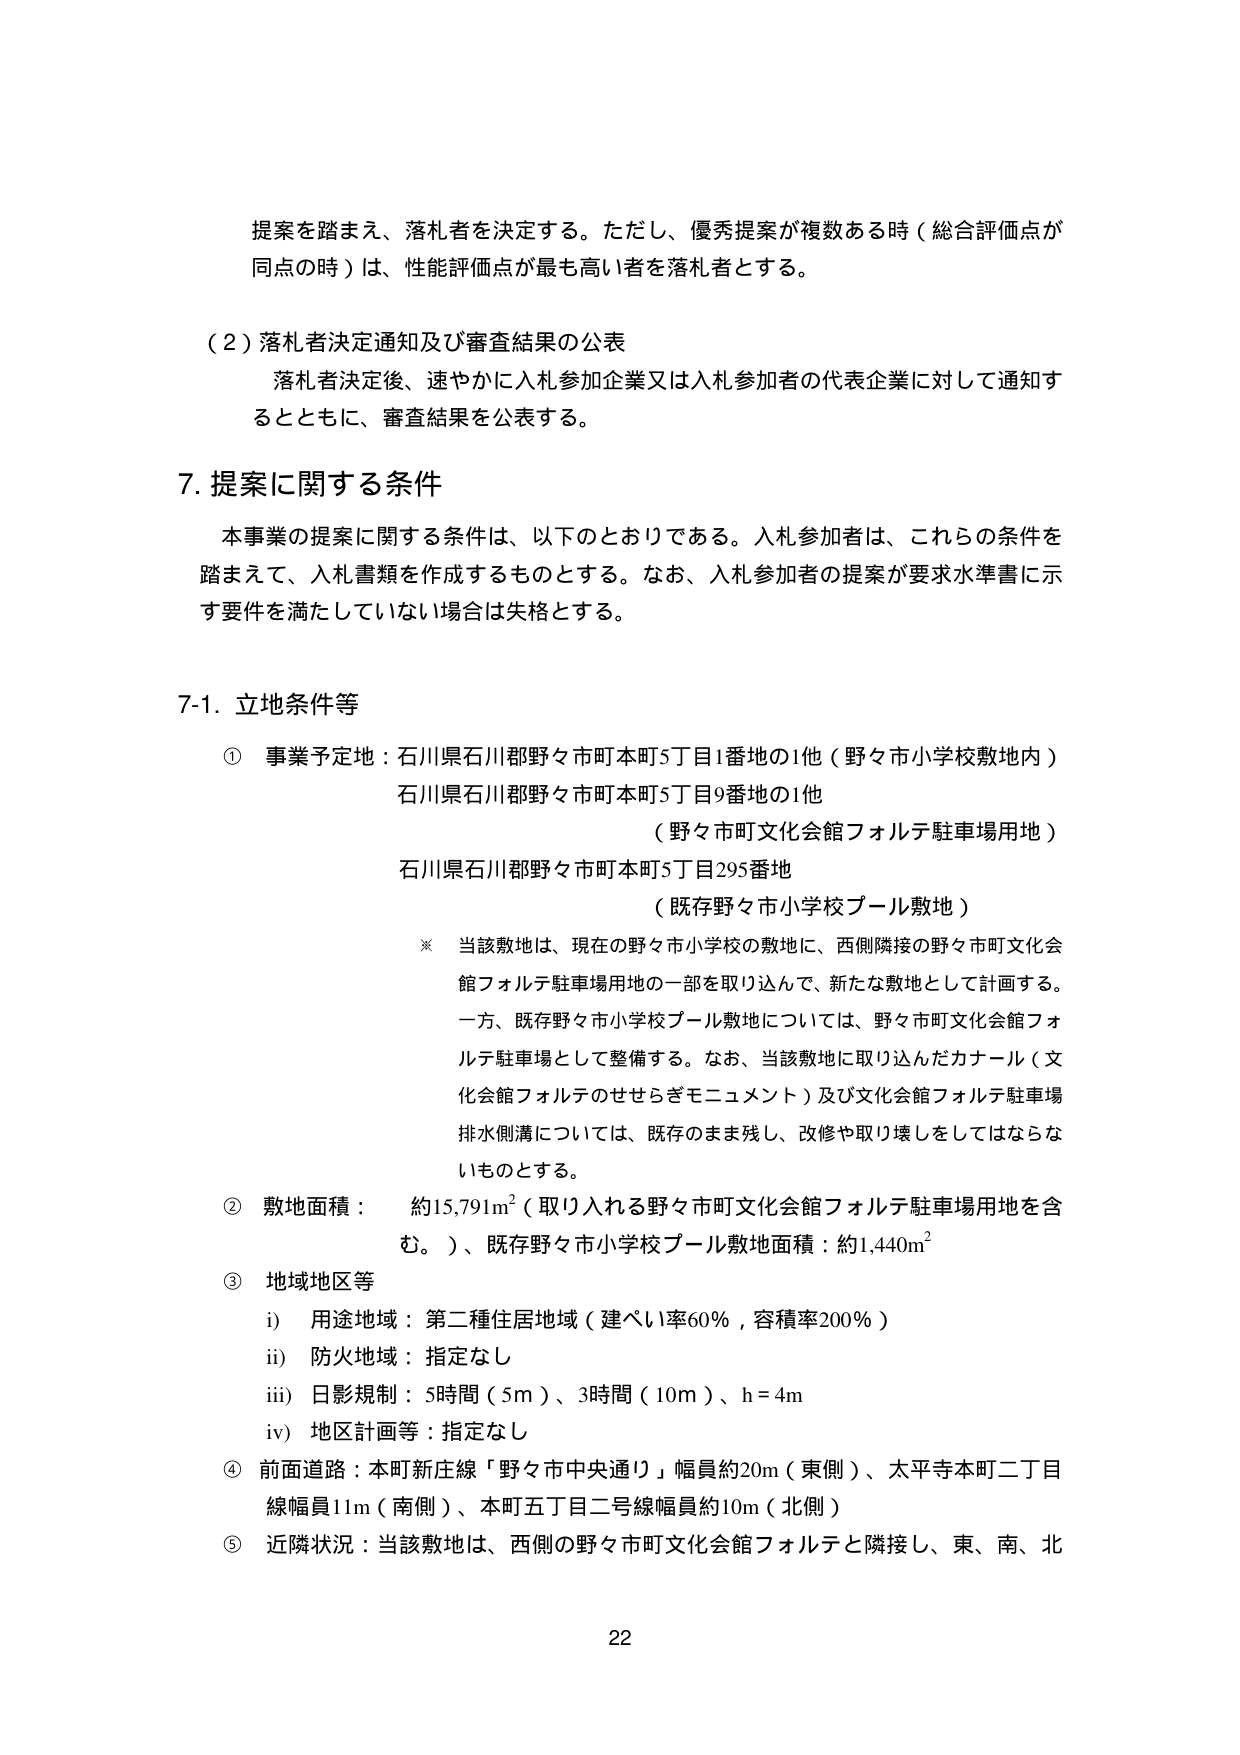
提案を踏まえ、落札者を決定する。ただし、優秀提案が複数ある時（総合評価点が同点の時）は、性能評価点が最も高い者を落札者とする。

（２）落札者決定通知及び審査結果の公表
落札者決定後、速やかに入札参加企業又は入札参加者の代表企業に対して通知するとともに、審査結果を公表する。

7. 提案に関する条件
本事業の提案に関する条件は、以下のとおりである。入札参加者は、これらの条件を踏まえて、入札書類を作成するものとする。なお、入札参加者の提案が要求水準書に示す要件を満たしていない場合は失格とする。

7-1. 立地条件等
① 事業予定地：石川県石川郡野々市町本町5丁目1番地の1他（野々市小学校敷地内）
石川県石川郡野々市町本町5丁目9番地の1他
（野々市町文化会館フォルテ駐車場用地）
石川県石川郡野々市町本町5丁目295番地
（既存野々市小学校プール敷地）
※ 当該敷地は、現在の野々市小学校の敷地に、西側隣接の野々市町文化会館フォルテ駐車場用地の一部を取り込んで、新たな敷地として計画する。一方、既存野々市小学校プール敷地については、野々市町文化会館フォルテ駐車場として整備する。なお、当該敷地に取り込んだカナール（文化会館フォルテのせせらぎモニュメント）及び文化会館フォルテ駐車場排水側溝については、既存のまま残し、改修や取り壊しをしてはならないものとする。

② 敷地面積：約15,791m²（取り入れる野々市町文化会館フォルテ駐車場用地を含む。）、既存野々市小学校プール敷地面積：約1,440m²

③ 地域地区等
i) 用途地域：第二種住居地域（建ぺい率60％，容積率200％）
ii) 防火地域：指定なし
iii) 日影規制：5時間（5m）、3時間（10m）、h＝4m
iv) 地区計画等：指定なし

④ 前面道路：本町新庄線「野々市中央通り」幅員約20m（東側）、太平寺本町二丁目線幅員11m（南側）、本町五丁目二号線幅員約10m（北側）

⑤ 近隣状況：当該敷地は、西側の野々市町文化会館フォルテと隣接し、東、南、北

22